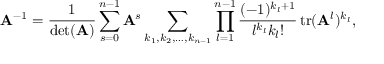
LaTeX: \mathbf { A } ^ { - 1 } = { \frac { 1 } { \operatorname* { d e t } ( \mathbf { A } ) } } \sum _ { s = 0 } ^ { n - 1 } \mathbf { A } ^ { s } \sum _ { k _ { 1 } , k _ { 2 } , \ldots , k _ { n - 1 } } \prod _ { l = 1 } ^ { n - 1 } { \frac { ( - 1 ) ^ { k _ { l } + 1 } } { l ^ { k _ { l } } k _ { l } ! } } \operatorname { t r } ( \mathbf { A } ^ { l } ) ^ { k _ { l } } ,